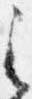
之